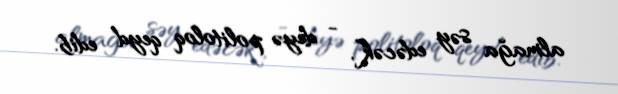
almağa səy edəcək”, - deyə politoloq qeyd edib.